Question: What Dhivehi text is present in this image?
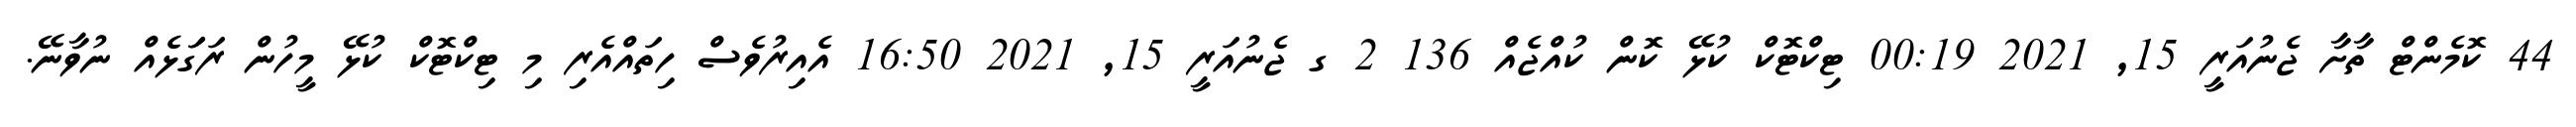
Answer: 44 ކޮމެންޓް ތާށާ ޖެނުއަރީ 15, 2021 00:19 ޓިކްޓޮކް ކުޅޭ ކޮން ކުއްޖެއް 136 2 ގ ޖެނުއަރީ 15, 2021 16:50 އެއިރުވެސް ހިތައްއެރި މި ޓިކްޓޮކް ކުޅޭ މީހުން ރަގަަޅެއް ނުވާނޭ.